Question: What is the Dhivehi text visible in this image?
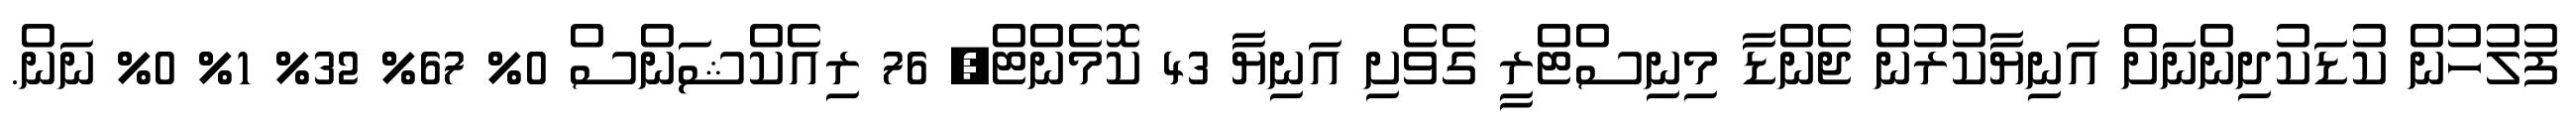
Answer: ފުލުހުން ކުޑަކުދިންނަށް އަނިޔާކުރުން ޖެންޑާ މިނިސްޓްރީ ގެވެށި އަނިޔާ 43 ކޮމެންޓް, 76 ރިއެކްޝަންސް 0% 67% 32% 1% 0% ނަން.